Vaccination North-Western Provinces and Oudh 1878-1895 - 1878-1895
Year: 1878
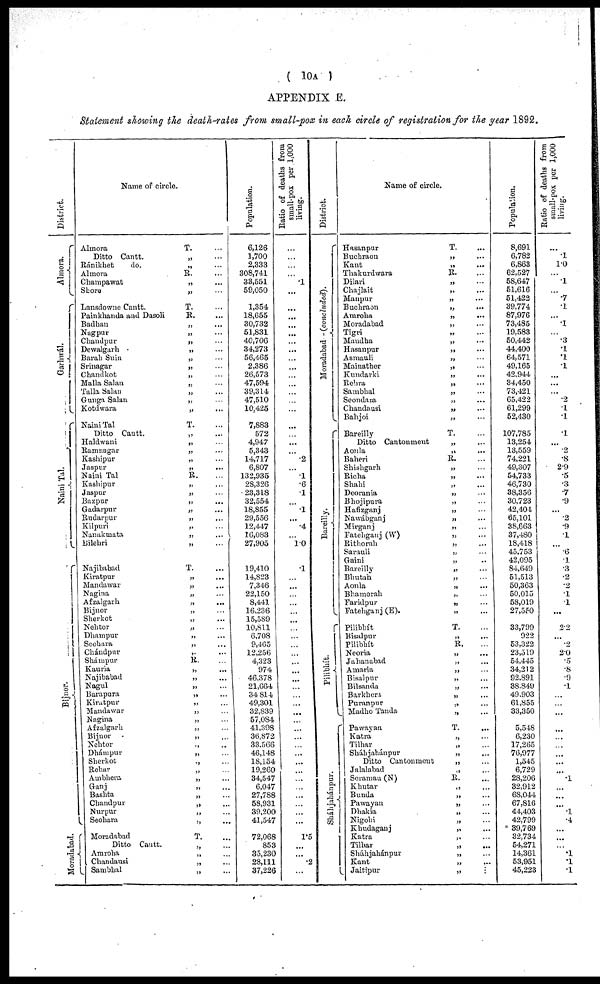
( 10A )
APPENDIX E.
Statement showing the death-rates from small-pox in each circle of registration for the year 1892.
District.
Almora.
Garhwál.
Naini
Tal.
Bijnor.
Moradabad.
Name of circle.
Almora
T. ...
Ditto Cantt.
„ ...
Ránikhet
do.
„ ...
Almora
R. ...
Champawat
„ ...
Shore
„ ...
Lansdowne Cantt.
T. ...
Painkhanda and Dasoli
R. ...
Badhan
„ ...
Nagpur
„ ...
Chandpur
„ ...
Dewalgarh
„ ...
Barah Suin
„ ...
Srinagar
„ ...
Chandkot
„ ...
Malla Salan
„ ...
Talla Salan
„ ...
Gunga Salan
„ ...
Kotdwara
„ ...
Naini Tal
T. ...
Ditto Cantt.
„ ...
Haldwani
„ ...
Ramnagar
„ ...
Kashipur
„ ...
Jaspur
„ ...
Naini Tal
R. ...
Kashipur
„ ...
Jaspur
„ ...
Bazpur
„ ...
Gadarpur
„ ...
Rudarpur
„ ...
Kilpuri
„ ...
Nanakmata
„ ...
Dilehri
„ ...
Najibabad
T. ...
Kiratpur
„ ...
Mandawar
„ ...
Nagina
„ ...
Afzalgarh
„ ...
Bijnor
„ ...
Sherkot
„ ...
Nehtor
„ ...
Dhampur
„ ...
Seohara
„ ...
Chándpur
„
...
Shámpur
R. ...
Kauria
„ ...
Najibabad
„ ...
Nagul
„ ...
Barapura
„ ...
Kiratpur
„ ...
Mandawar
„ ...
Nagina
„ ...
Afzalgarh
„ ...
Bijnor
„ ...
Nehtor
„
...
Dhámpur
„ ...
Sherkot
„
...
Rehar
„ ...
Ambhera
„ ...
Ganj
„ ...
Bashta
„ ...
Chandpur
„ ...
Nurpur
„ ...
Seohara
„ ...
Moradabad
T. ...
Ditto Cantt.
„
...
Amroha
„ ...
Chandausi
„ ...
Sambhal
„ ...
Population.
6,126
1,700
2,333
308,741
33,551
59,050
1,354
18,655
30,732
51,831
40,706
34,273
56,465
2,386
26,573
47,594
39,314
47,510
10,425
7,883
572
4,947
5,343
14,717
6,807
132,935
28,326
23,318
32,554
18,855
29,556
12,447
16,083
27,905
19,410
14,823
7,346
22,150
8,441
16,236
15,589
10,811
6,708
9,485
12,256
4,323
974
46,378
21,664
34,814
49,301
32,839
57,084
41,398
36,872
33,566
46,148
18,154
19,260
34,547
6,047
27,788
58,931
39,200
41,547
72,068
853
35,230
28,111
37,226
Ratio of deaths from
small-pox per.l,000
living.
...
...
...
...
.1
...
...
...
...
...
...
...
...
...
...
...
...
...
...
...
...
...
...
.2
...
.1
.6
.1
...
.1
...
.4
...
1.0
1
...
...
...
...
...
...
...
...
...
...
...
...
...
...
...
...
...
...
...
...
...
...
...
...
...
...
...
...
...
...
1.5
...
...
2
...
District.
Moradabad — (concluded).
Bareilly.
Pilibhít.
Sháhjahánpur.
Name of circle.
Hasanpur
T.
...
Buchraon
„ ...
Kant
„ ...
Thakurdwara
R. ...
Dilari
„ ...
Chajlait
„ ...
Manpur
„ ...
Buchraon
„ ... ...
Amroha
„
...
Moradabad
„ ...
Tigri „ ...
Maudha
„ ...
Hasanpur
„ ...
Asmauli
„ ...
Mainather
„ ...
Kundarki
„ ...
Rehra
„ ...
Sambhal
„ ...
Seondara
„ ...
Chandausi
„ ...
Bahjoi
„ ...
Bareilly
T. ...
Ditto Cantonment
„ ...
Aonla
„ ...
Baheri
R. ...
Shishgarh „ ...
Richa
„ ...
Shahi
„ ...
Deorania
„ ...
Bhojipura
„ ...
Hafizganj
„ ...
Nawábganj
„ ...
Mirganj
„ ...
Fatehganj (W)
„ ...
Rithorah
„ ...
Sarauli
„ ...
Gaini
„ ...
Bareilly
„ ...
Bhutah
„ ...
Aonla
„ ...
Bhamorah
„ ...
Faridpur
„ ...
Fatehganj (E).
„ ...
Pilibhít
T. ...
Bisalpur
„ ...
Pilibhít
R. ...
Neoria
„ ...
Jahanabad
„ ...
Amaria
„ ...
Bisalpur
„ ...
Bilsanda
„ ...
Barkhera
„ ...
Puranpur
„ ...
Madho Tanda
„ ...
Pawayan
T.
...
Katra
„ ...
Tilhar
„ ...
Sháhjahánpur
„ ...
Ditto Cantonment
„ ...
Jalalabad
„ ...
Seramau (N)
R. ...
Khutar
„ ...
Bunda
„ ...
Pawayan
„ ...
Dhakia
„ ...
Nigohi
„ ...
Khudaganj
„ ...
Katra
„ ...
Tilhar
„ ...
Sháhjahánpur
„ ...
Kant
„ ...
Jaitipur
„ ...
Population.
8,691
6,782
6,863
62,527
58,647
51,616
51,422
39,774
87,976
73,485
19,583
50,442
44,400
64,571
49,165
42,944
34,450
73,421
65,422
61,299
52,430
107,785
13,254
13,559
74,221
49,307
54,733
46,730
38,356
30,723
42,404
65,101
38,663
37,480
18,418
45,753
42,095
84,649
51,513
50,363
50,015
58,019
27,550
33,799
922
53,322
23,519
54,445
34,212
92,891
38,849
49,903
61,855
33,350
5,548
6,230
17,265
76,977
1,545
6,729
28,206
32,912
68,044
67,816
44,403
42,799
39,769
32,734
54,271
14,361
53,951
45,223
Ratio of deaths from
small-pox per 1,000
living.
...
.1
1.0
...
.1
...
.7
.1
...
.1
...
.3
.1
.1
.1
...
...
...
.2
.1
.1
.1
...
.2
.8
2.9
.5
.3
.7
.9
...
.2
.9
.1
...
.6
.1
.3
.2
.2
.1
.1
...
2.2
...
.2
2.0
.5
.8
.9
.1
...
...
...
...
...
...
...
...
...
.1
...
...
...
.1
.4
...
...
...
.1
.1
.1